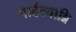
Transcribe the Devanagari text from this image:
गार्हत्याग्नि